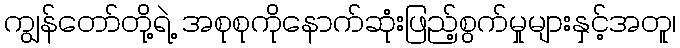
ကျွန်တော်တို့ရဲ့ အစုစုကိုနောက်ဆုံးဖြည့်စွက်မှုများနှင့်အတူ၊